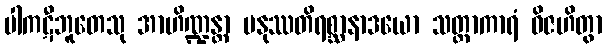
ပါကဋီဘူတေသု အာဟိဏ္ဍန္တာ မနုဿတိရစ္ဆာနာဒယော သတ္တာကာရံ ဝိဇဟိတွာ